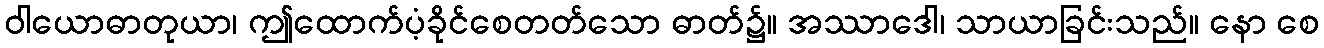
ဝါယောဓာတုယာ၊ ဤထောက်ပံ့ခိုင်စေတတ်သော ဓာတ်၌။ အဿာဒေါ၊ သာယာခြင်းသည်။ နော စေ